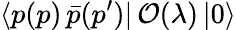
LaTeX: \langle p(p)\, \bar{p}(p^{\prime})|\, {\cal O}(\lambda)\, |0\rangle